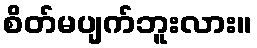
စိတ်မပျက်ဘူးလား။